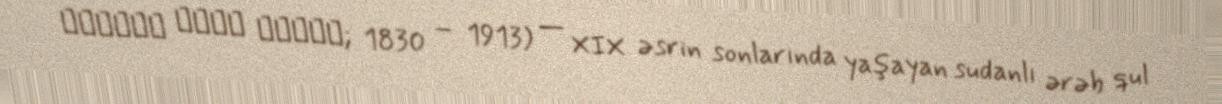
الزبير رحمة منصور; 1830 – 1913) — XIX əsrin sonlarında yaşayan sudanlı ərəb qul